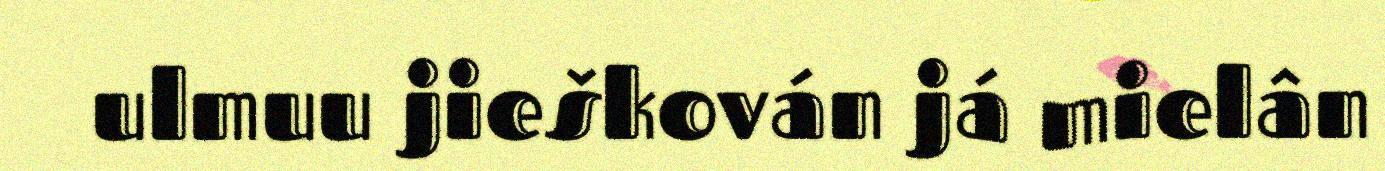
ulmuu jieškován já mielân